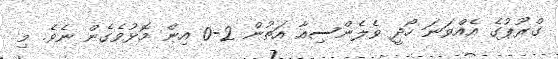
ގްރޫޕުގެ އެއްވަނަ ހޯދީ ވެލެންސިއާ އަތުން 2-0 އިން މޮޅުވެގެން ނެވެ. މި